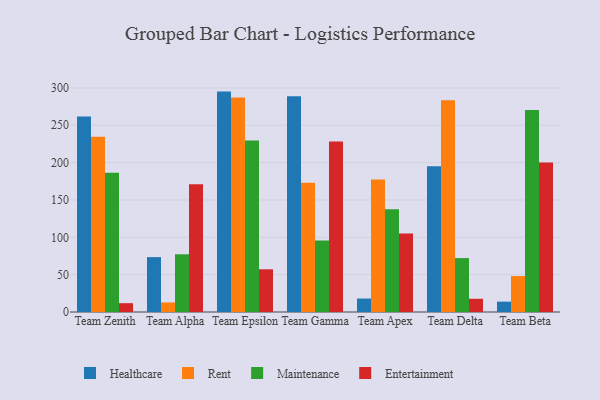
{"axis": {"x": "Team", "y": "Shipments"}, "legend": ["Entertainment", "Healthcare", "Maintenance", "Rent"], "data": [{"x": "Team Zenith", "y": 261.8, "type": "Healthcare"}, {"x": "Team Zenith", "y": 234.8, "type": "Rent"}, {"x": "Team Zenith", "y": 186.5, "type": "Maintenance"}, {"x": "Team Zenith", "y": 11.8, "type": "Entertainment"}, {"x": "Team Alpha", "y": 73.5, "type": "Healthcare"}, {"x": "Team Alpha", "y": 12.8, "type": "Rent"}, {"x": "Team Alpha", "y": 77.3, "type": "Maintenance"}, {"x": "Team Alpha", "y": 171.1, "type": "Entertainment"}, {"x": "Team Epsilon", "y": 295.1, "type": "Healthcare"}, {"x": "Team Epsilon", "y": 287.1, "type": "Rent"}, {"x": "Team Epsilon", "y": 229.7, "type": "Maintenance"}, {"x": "Team Epsilon", "y": 57.2, "type": "Entertainment"}, {"x": "Team Gamma", "y": 288.8, "type": "Healthcare"}, {"x": "Team Gamma", "y": 172.9, "type": "Rent"}, {"x": "Team Gamma", "y": 95.9, "type": "Maintenance"}, {"x": "Team Gamma", "y": 228.3, "type": "Entertainment"}, {"x": "Team Apex", "y": 18.0, "type": "Healthcare"}, {"x": "Team Apex", "y": 177.3, "type": "Rent"}, {"x": "Team Apex", "y": 137.6, "type": "Maintenance"}, {"x": "Team Apex", "y": 105.2, "type": "Entertainment"}, {"x": "Team Delta", "y": 195.0, "type": "Healthcare"}, {"x": "Team Delta", "y": 283.5, "type": "Rent"}, {"x": "Team Delta", "y": 72.2, "type": "Maintenance"}, {"x": "Team Delta", "y": 17.7, "type": "Entertainment"}, {"x": "Team Beta", "y": 13.9, "type": "Healthcare"}, {"x": "Team Beta", "y": 48.1, "type": "Rent"}, {"x": "Team Beta", "y": 270.3, "type": "Maintenance"}, {"x": "Team Beta", "y": 200.3, "type": "Entertainment"}]}